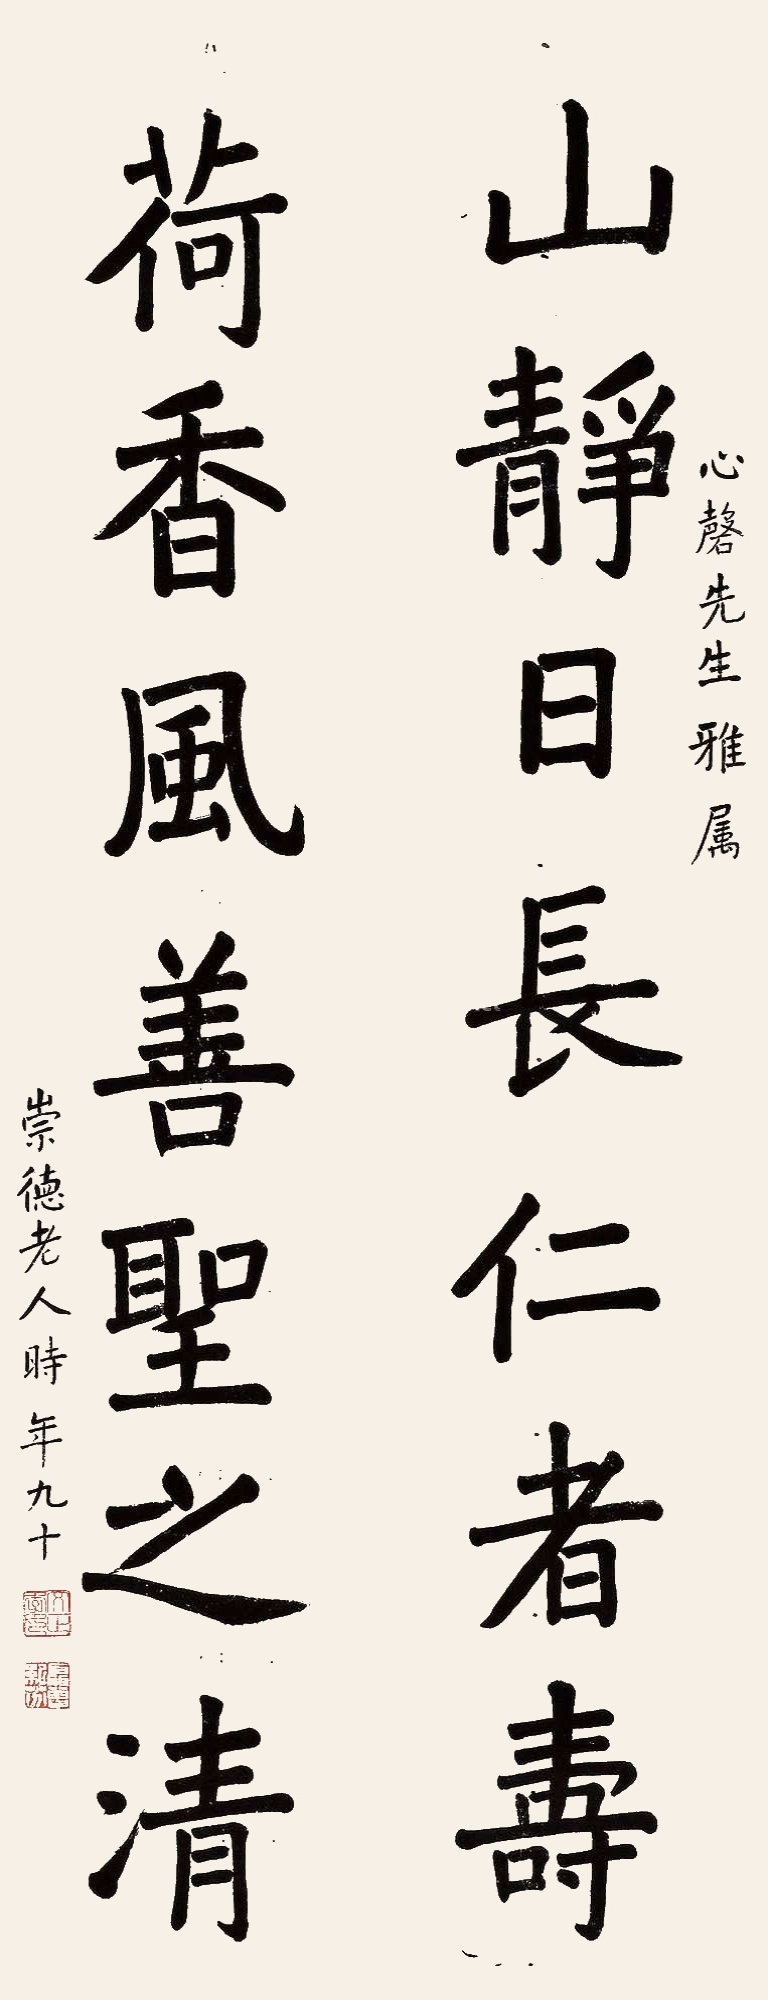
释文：山静日长仁者寿，荷香风善圣之清。心磬先生雅属，崇德老人时年九十。